Annual report on the Civil Veterinary Department, Burma (including the Insein Veterinary School) - 1910-1922
Year: 1910
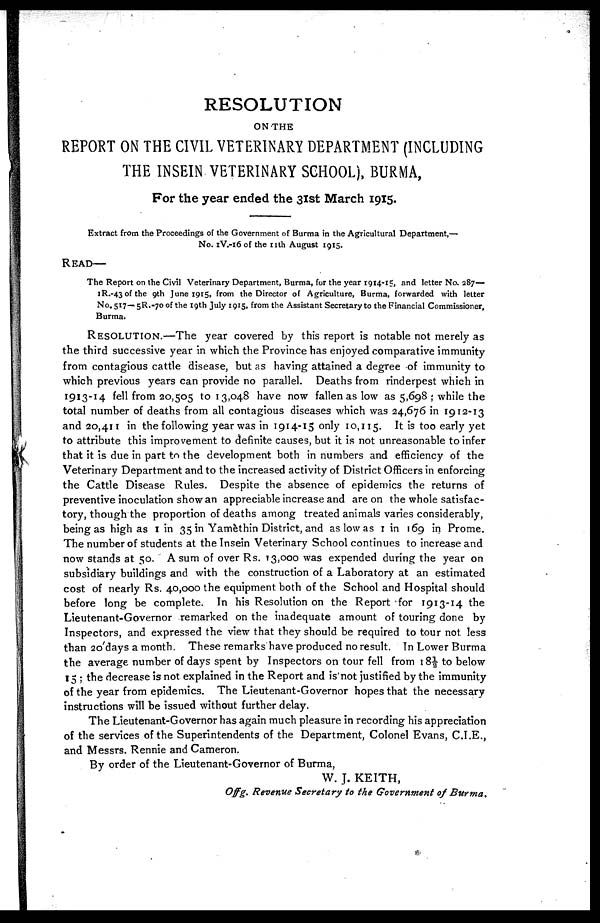
RESOLUTION
ON THE
REPORT ON THE CIVIL VETERINARY DEPARTMENT (INCLUDING
THE INSEIN VETERINARY SCHOOL), BURMA,
For the year ended the 31st March 1915.
Extract from the Proceedings of the Government of Burma in the Agricultural Department,—
No. 1V.-16 of the 11th August 1915.
READ—
The Report on the Civil Veterinary Department, Burma, for the year 1914-15, and letter No. 287—
1R.-43 of the 9th June 1915, from the Director of Agriculture, Burma, forwarded with letter
No. 517—5R.-70 of the 19th July 1915, from the Assistant Secretary to the Financial Commissioner,
Burma.
RESOLUTION.—The year covered by this report is notable not merely as
the third successive year in which the Province has enjoyed comparative immunity
from contagious cattle disease, but as having attained a degree of immunity to
which previous years can provide no parallel. Deaths from rinderpest which in
1913-14 fell from 20,505 to 13,048 have now fallen as low as 5,698; while the
total number of deaths from all contagious diseases which was 24,676 in 1912-13
and 20,411 in the following year was in 1914-15 only 10,115. It is too early yet
to attribute this improvement to definite causes, but it is not unreasonable to infer
that it is due in part to the development both in numbers and efficiency of the
Veterinary Department and to the increased activity of District Officers in enforcing
the Cattle Disease Rules. Despite the absence of epidemics the returns of
preventive inoculation show an appreciable increase and are on the whole satisfac-
tory, though the proportion of deaths among treated animals varies considerably,
being as high as 1 in 35 in Yamèthin District, and as low as 1 in 169 in Prome.
The number of students at the Insein Veterinary School continues to increase and
now stands at 50. A sum of over Rs. 13,000 was expended during the year on
subsidiary buildings and with the construction of a Laboratory at an estimated
cost of nearly Rs. 40,000 the equipment both of the School and Hospital should
before long be complete. In his Resolution on the Report for 1913-14 the
Lieutenant-Governor remarked on the inadequate amount of touring done by
Inspectors, and expressed the view that they should be required to tour not less
than 20 days a month. These remarks have produced no result. In Lower Burma
the average number of days spent by Inspectors on tour fell from 18½ to below
15; the decrease is not explained in the Report and is not justified by the immunity
of the year from epidemics. The Lieutenant-Governor hopes that the necessary
instructions will be issued without further delay.
The Lieutenant-Governor has again much pleasure in recording his appreciation
of the services of the Superintendents of the Department, Colonel Evans, C.I.E.,
and Messrs. Rennie and Cameron.
By order of the Lieutenant-Governor of Burma,
W. J. KEITH,
Offg. Revenue Secretary to the Government of Burma.